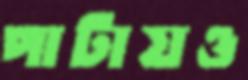
পাটায়ও